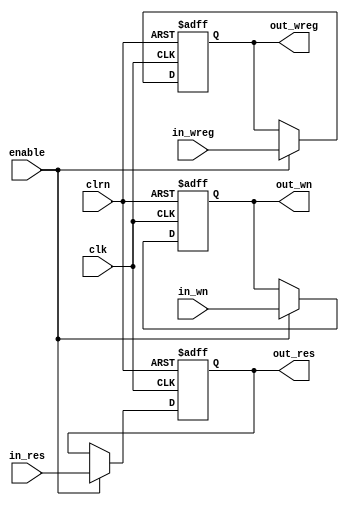
module latch_memwb (clrn,clk,enable,
                    in_wreg,
                    in_wn,in_res,
                    out_wreg,
                    out_wn,out_res
                    );

input           enable,clk,clrn;
input           in_wreg;
input   [4:0]   in_wn;
input   [31:0]  in_res;

output           out_wreg;
output   [4:0]   out_wn;
output   [31:0]  out_res;

reg           out_wreg;
reg   [4:0]   out_wn;
reg   [31:0]  out_res;



always @(posedge clk or negedge clrn)         
begin           
    if (clrn == 0)               
    begin
        out_wreg<=0;
        out_wn<=0;
        out_res<=0;               
    end else  begin                 
        if (enable == 1)
        begin                    
        out_wreg <= in_wreg;
        out_wn   <= in_wn;
        out_res <= in_res;
        end
    end        
end

endmodule